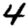
Digit: 4